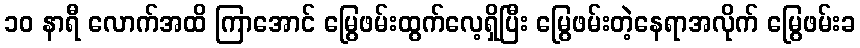
၁၀ နာရီ လောက်အထိ ကြာအောင် မြွေဖမ်းထွက်လေ့ရှိပြီး မြွေဖမ်းတဲ့နေရာအလိုက် မြွေဖမ်းခ